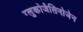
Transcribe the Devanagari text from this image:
ग्लुकोजैसिनोजेन